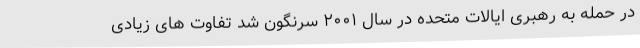
در حمله به رهبری ایالات متحده در سال ۲۰۰۱ سرنگون شد تفاوت های زیادی